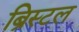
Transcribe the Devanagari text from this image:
ब्रिस्‍टल